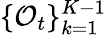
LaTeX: \{ \mathcal{O}_{t}\} _{k=1}^{K-1}